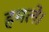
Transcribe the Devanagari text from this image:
हमले।